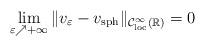
LaTeX: \begin{align*}\lim_{\varepsilon \nearrow +\infty}\|v_\varepsilon-v_{\rm sph}\|_{\mathcal{C}^\infty_{\rm loc}(\mathbb R)}=0\end{align*}